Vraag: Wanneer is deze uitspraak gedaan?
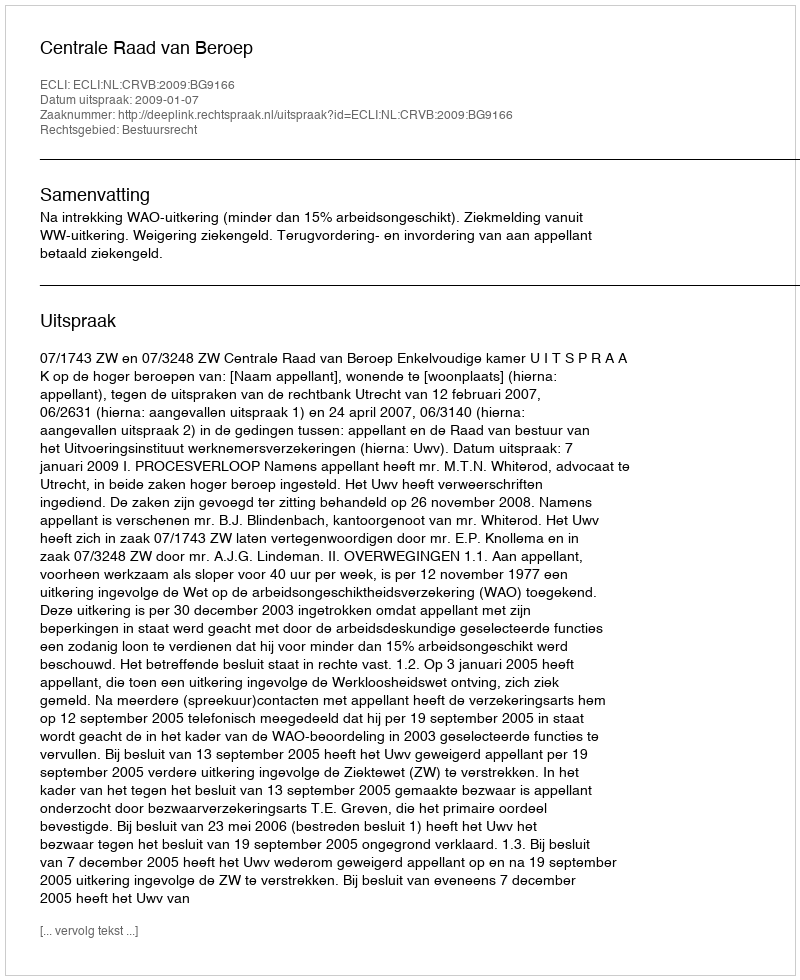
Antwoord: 2009-01-07